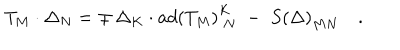
T _ { M } \cdot \Delta _ { N } = \mp \, \Delta _ { K } \cdot a d \left( T _ { M } \right) _ { \; N } ^ { K } \; - \; S \left( \Delta \right) _ { M N } \quad .